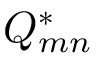
Q _ { m n } ^ { * }